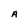
Character: A